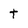
Character: t